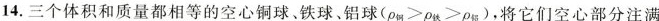
14.三个体积和质量都相等的空心铜球、铁球、铝球 $$(\rho _{4u}> \rho _{4k}> \rho _{45}),$$ ，将它们空心部分注满